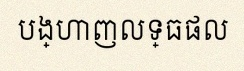
បង្ហាញលទ្ធផល